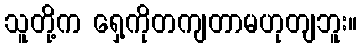
သူတို့က ရှေ့ကိုတကျတာမဟုတျဘူး။